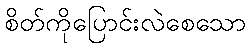
စိတ်ကိုပြောင်းလဲစေသော